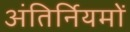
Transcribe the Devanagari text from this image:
अंतिर्नियमों